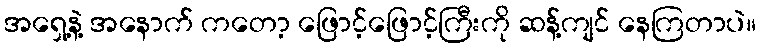
အရှေ့နဲ့ အနောက် ကတော့ ဖြောင့်ဖြောင့်ကြီးကို ဆန့်ကျင် နေကြတာပဲ။